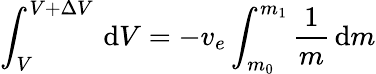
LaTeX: \int_{V}^{V+\Delta V}\, \mathrm{d}V={-v_{e}}\int_{m_{0}}^{m_{1}}{\frac{1}{m}}\, \mathrm{d}m